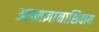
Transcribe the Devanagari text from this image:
आत्मज्ञानाशिवाय